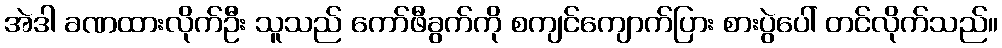
အဲဒါ ခဏထားလိုက်ဦး သူသည် ကော်ဖီခွက်ကို စကျင်ကျောက်ပြား စားပွဲပေါ် တင်လိုက်သည်။